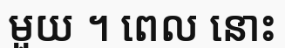
មួយ ។ ពេល នោះ